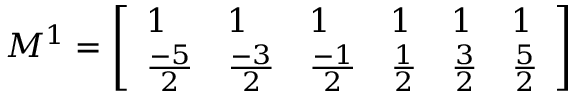
M ^ { 1 } = \left[ \begin{array} { l l l l l l } { 1 } & { 1 } & { 1 } & { 1 } & { 1 } & { 1 } \\ { \frac { - 5 } { 2 } } & { \frac { - 3 } { 2 } } & { \frac { - 1 } { 2 } } & { \frac { 1 } { 2 } } & { \frac { 3 } { 2 } } & { \frac { 5 } { 2 } } \end{array} \right]